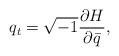
LaTeX: \begin{align*}q_t=\sqrt{-1}\frac{\partial H}{\partial \bar q},\end{align*}